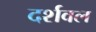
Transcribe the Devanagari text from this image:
दर्शवल